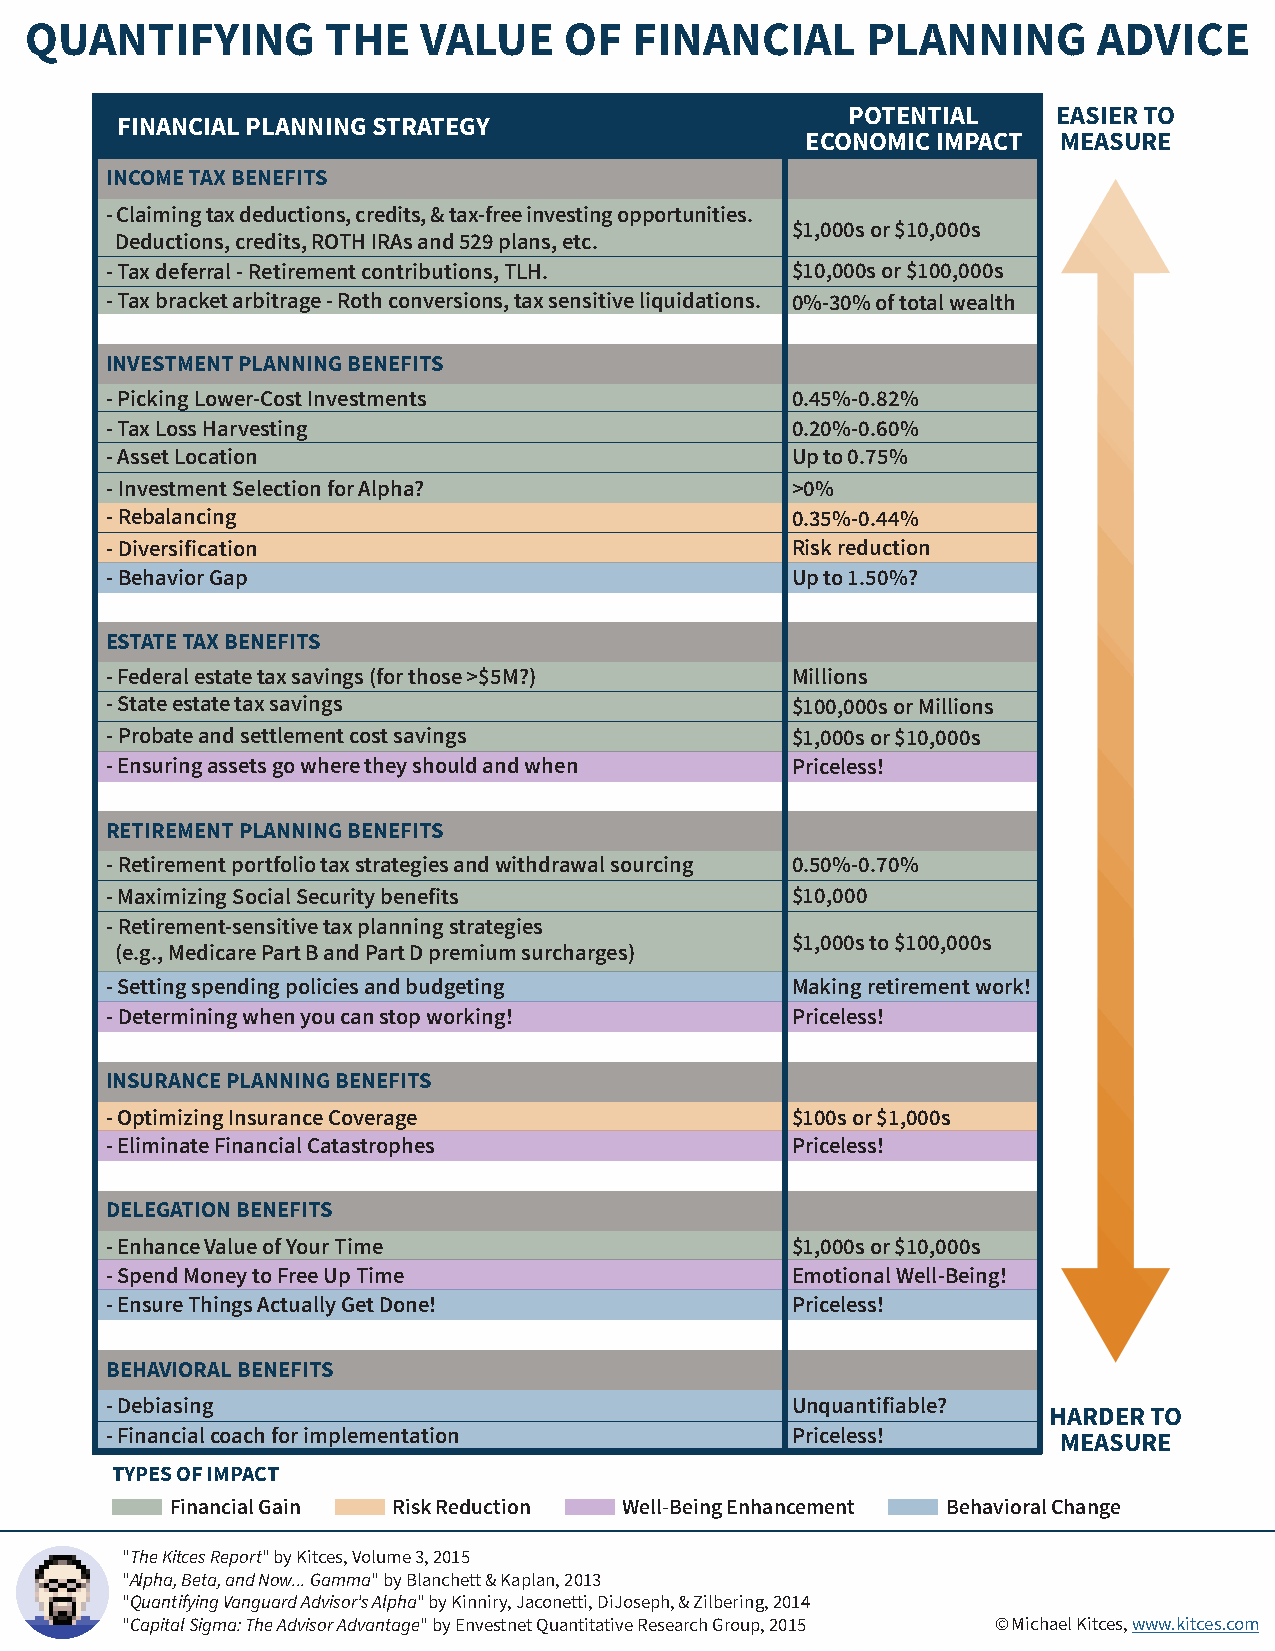
QUANTIFYING         THE   VALUE    OF   FINANCIAL      PLANNING        ADVICE
 POTENTIAL     EASIER TO
 FINANCIAL PLANNING STRATEGY
 ECONOMIC IMPACT  MEASURE
 INCOME TAX BENEFITS
 - Claiming tax deductions, credits, & tax-free investing opportunities.
 $1,000s or $10,000s
 Deductions, credits, ROTH IRAs and 529 plans, etc.
 - Tax deferral - Retirement contributions, TLH. $10,000s or $100,000s
 - Tax bracket arbitrage - Roth conversions, tax sensitive liquidations. 0%-30% of total wealth
 INVESTMENT PLANNING BENEFITS
 - Picking Lower-Cost Investments             0.45%-0.82%
 - Tax Loss Harvesting                        0.20%-0.60%
 - Asset Location                             Up to 0.75%
 - Investment Selection for Alpha?            >0%
 - Rebalancing                                0.35%-0.44%
 - Diversification                            Risk reduction
 - Behavior Gap                               Up to 1.50%?
 ESTATE TAX BENEFITS
 - Federal estate tax savings (for those >$5M?) Millions
 - State estate tax savings                   $100,000s or Millions
 - Probate and settlement cost savings        $1,000s or $10,000s
 - Ensuring assets go where they should and when Priceless!
 RETIREMENT PLANNING BENEFITS
 - Retirement portfolio tax strategies and withdrawal sourcing 0.50%-0.70%
 - Maximizing Social Security benefits        $10,000
 - Retirement-sensitive tax planning strategies
 $1,000s to $100,000s
 (e.g., Medicare Part B and Part D premium surcharges)
 - Setting spending policies and budgeting    Making retirement work!
 - Determining when you can stop working!     Priceless!
 INSURANCE PLANNING BENEFITS
 - Optimizing Insurance Coverage              $100s or $1,000s
 - Eliminate Financial Catastrophes           Priceless!
 DELEGATION BENEFITS
 - Enhance Value of Your Time                 $1,000s or $10,000s
 - Spend Money to Free Up Time                Emotional Well-Being!
 - Ensure Things Actually Get Done!           Priceless!
 BEHAVIORAL BENEFITS
 - Debiasing                                  Unquantifiable?
 HARDER TO
 - Financial coach for implementation         Priceless!        MEASURE
 TYPES OF IMPACT
 Financial Gain Risk Reduction Well-Being Enhancement Behavioral Change
 "The Kitces Report" by Kitces, Volume 3, 2015
 "Alpha, Beta, and Now... Gamma" by Blanchett & Kaplan, 2013
 "Quantifying Vanguard Advisor's Alpha" by Kinniry, Jaconetti, DiJoseph, & Zilbering, 2014
 "Capital Sigma: The Advisor Advantage" by Envestnet Quantitative Research Group, 2015 © Michael Kitces, www.kitces.com